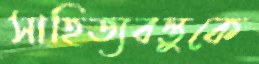
সাহিত্যবস্তুকে